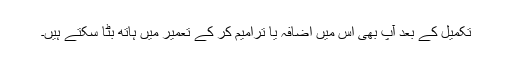
تکمیل کے بعد آپ بھی اس میں اضافہ یا ترامیم کر کے تعمیر میں ہاتھ بٹا سکتے ہیں۔